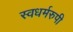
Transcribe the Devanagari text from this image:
स्वधर्मरुपी